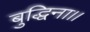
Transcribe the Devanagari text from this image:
बुद्धिना।।